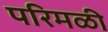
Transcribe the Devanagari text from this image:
परिमळी